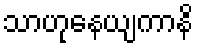
သာဟုနေယျကာနိ